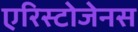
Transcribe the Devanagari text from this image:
एरिस्टोजेनस